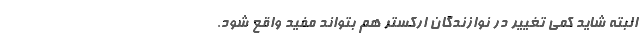
البته شاید کمی تغییر در نوازندگان ارکستر هم بتواند مفید واقع شود.